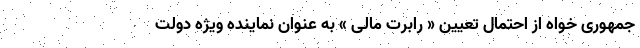
جمهوری خواه از احتمال تعیین « رابرت مالی » به عنوان نماینده ویژه دولت